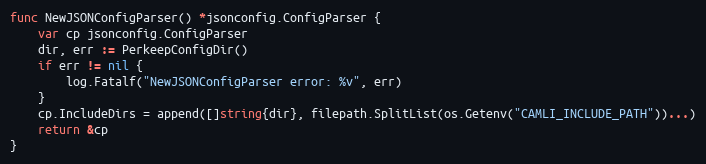
Language: Go
func NewJSONConfigParser() *jsonconfig.ConfigParser {
	var cp jsonconfig.ConfigParser
	dir, err := PerkeepConfigDir()
	if err != nil {
		log.Fatalf("NewJSONConfigParser error: %v", err)
	}
	cp.IncludeDirs = append([]string{dir}, filepath.SplitList(os.Getenv("CAMLI_INCLUDE_PATH"))...)
	return &cp
}